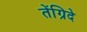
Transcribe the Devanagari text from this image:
तेंग्रिदे